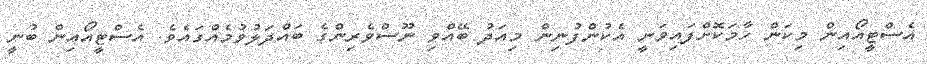
އެސްޓީއޯއިން މިކަން ހާމަކޮށްފައިވަނީ އެކުންފުނިން މިއަދު ބޭއްވި ނޫސްވެރިންގެ ބައްދަލުވުމެއްގައެވެ. އެސްޓީއޯއިން ބުނީ